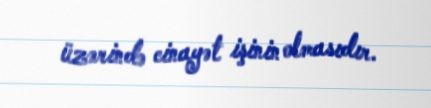
üzərində cinayət işinin olmasıdır.